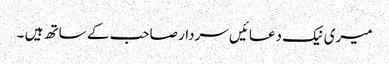
میری نیک دعائیں سردار صاحب کے ساتھ ہیں ۔